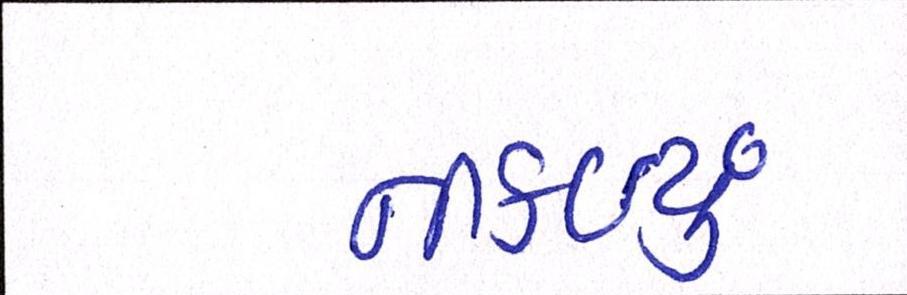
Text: નીકળ્યું